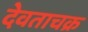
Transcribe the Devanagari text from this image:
देवताचक्र